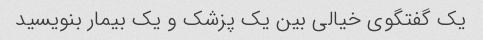
یک گفتگوی خیالی بین یک پزشک و یک بیمار بنویسید